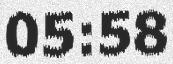
05:58